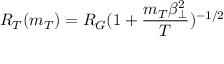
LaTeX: R _ { T } ( m _ { T } ) = R _ { G } ( 1 + \frac { m _ { T } \beta _ { \bot } ^ { 2 } } { T } ) ^ { - 1 / 2 }